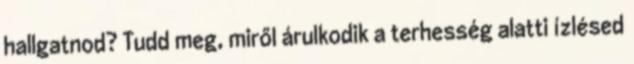
hallgatnod? Tudd meg, miről árulkodik a terhesség alatti ízlésed